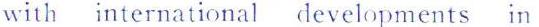
with international developments in